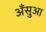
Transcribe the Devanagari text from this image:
अँसुआ